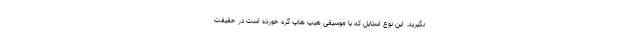
نگیرید. این نوع استایل که با موسیقی هیپ هاپ گره خورده است در حقیقت